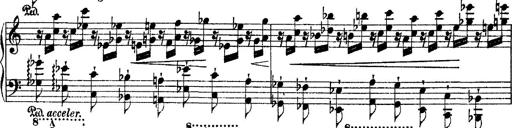
Title: 2 KonzertetÃ¼den
Composer: Franz Liszt